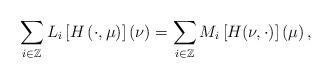
LaTeX: \begin{align*}\sum_{i \in \mathbb{Z}} L_i\left[H\left(\cdot,\mu\right)\right](\nu) = \sum_{i \in \mathbb{Z}}M_i\left[H(\nu,\cdot)\right]\left(\mu\right),\end{align*}